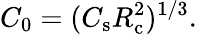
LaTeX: C_{0}=(C_{\mathrm{s}}R_{\mathrm{c}}^{2})^{1/3}.